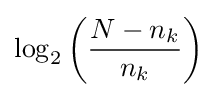
\log _{2}\left({\frac {N-n_{k}}{n_{k}}}\right)